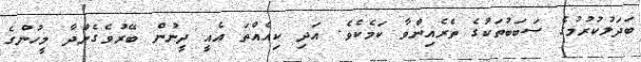
ބަދަލުކުރުމުގެ ސަބަބުތަކުގެ ތެރެއިންވާ ކަމެކެވެ. އަދި ކިއެއްތަ އެއީ ދީނުން ބޭރުވެގެންދާ މީހުންގެ